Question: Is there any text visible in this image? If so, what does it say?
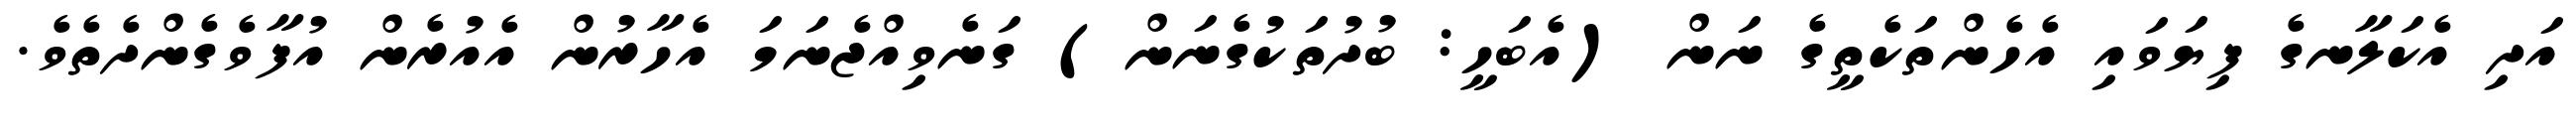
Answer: އަދި އެކަލާނގެ ފިޔަވައި އެހެންތަކެތީގެ ނަން (އެބަހީ: ބުދުތަކުގެނަން) ގަނެވިއްޖެނަމަ އެހާރުން އެއުރެން އުފާވެގެންދެތެވެ.